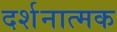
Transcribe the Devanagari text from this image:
दर्शनात्मक